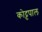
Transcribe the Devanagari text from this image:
कोट्टपाल